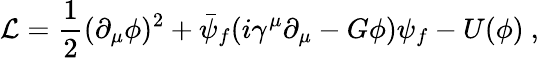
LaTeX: {\cal L}=\frac{1}{2}(\partial_{\mu}\phi)^{2}+\bar{\psi}_{f}(i\gamma^{\mu}\partial_{\mu}-G\phi)\psi_{f}-U(\phi)~,